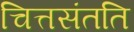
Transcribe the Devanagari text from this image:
चित्तसंतति